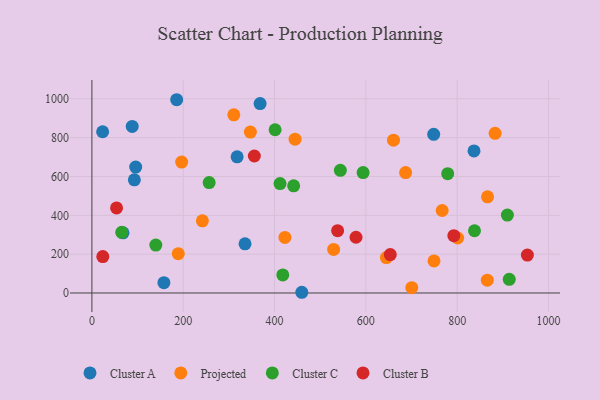
{"axis": {"x": "Experience", "y": "Profit"}, "legend": ["Cluster A", "Cluster B", "Cluster C", "Projected"], "data": [{"x": "68.1", "y": 309.9, "type": "Cluster A"}, {"x": "335.4", "y": 253.1, "type": "Cluster A"}, {"x": "95.9", "y": 648.3, "type": "Cluster A"}, {"x": "88.3", "y": 857.6, "type": "Cluster A"}, {"x": "368.4", "y": 975.4, "type": "Cluster A"}, {"x": "185.7", "y": 995.0, "type": "Cluster A"}, {"x": "23.5", "y": 830.0, "type": "Cluster A"}, {"x": "157.7", "y": 53.1, "type": "Cluster A"}, {"x": "748.6", "y": 816.9, "type": "Cluster A"}, {"x": "459.7", "y": 3.7, "type": "Cluster A"}, {"x": "93.0", "y": 582.8, "type": "Cluster A"}, {"x": "836.9", "y": 731.4, "type": "Cluster A"}, {"x": "318.1", "y": 701.1, "type": "Cluster A"}, {"x": "422.8", "y": 286.3, "type": "Projected"}, {"x": "700.6", "y": 27.5, "type": "Projected"}, {"x": "883.1", "y": 822.1, "type": "Projected"}, {"x": "242.0", "y": 371.6, "type": "Projected"}, {"x": "189.2", "y": 202.5, "type": "Projected"}, {"x": "660.6", "y": 786.9, "type": "Projected"}, {"x": "687.1", "y": 619.8, "type": "Projected"}, {"x": "866.0", "y": 65.8, "type": "Projected"}, {"x": "529.5", "y": 224.1, "type": "Projected"}, {"x": "767.2", "y": 424.6, "type": "Projected"}, {"x": "196.6", "y": 674.1, "type": "Projected"}, {"x": "445.0", "y": 792.0, "type": "Projected"}, {"x": "347.1", "y": 828.3, "type": "Projected"}, {"x": "645.0", "y": 182.2, "type": "Projected"}, {"x": "749.3", "y": 165.3, "type": "Projected"}, {"x": "866.5", "y": 495.3, "type": "Projected"}, {"x": "310.8", "y": 917.4, "type": "Projected"}, {"x": "801.1", "y": 283.2, "type": "Projected"}, {"x": "140.0", "y": 246.9, "type": "Cluster C"}, {"x": "910.0", "y": 401.0, "type": "Cluster C"}, {"x": "65.4", "y": 312.2, "type": "Cluster C"}, {"x": "441.9", "y": 551.9, "type": "Cluster C"}, {"x": "401.3", "y": 840.4, "type": "Cluster C"}, {"x": "418.1", "y": 93.1, "type": "Cluster C"}, {"x": "779.3", "y": 614.1, "type": "Cluster C"}, {"x": "914.1", "y": 70.6, "type": "Cluster C"}, {"x": "256.8", "y": 568.4, "type": "Cluster C"}, {"x": "412.1", "y": 563.5, "type": "Cluster C"}, {"x": "594.0", "y": 619.8, "type": "Cluster C"}, {"x": "544.2", "y": 631.4, "type": "Cluster C"}, {"x": "838.0", "y": 320.5, "type": "Cluster C"}, {"x": "578.5", "y": 286.9, "type": "Cluster B"}, {"x": "23.9", "y": 187.6, "type": "Cluster B"}, {"x": "653.5", "y": 197.8, "type": "Cluster B"}, {"x": "54.0", "y": 438.0, "type": "Cluster B"}, {"x": "792.7", "y": 295.1, "type": "Cluster B"}, {"x": "355.8", "y": 705.2, "type": "Cluster B"}, {"x": "538.2", "y": 320.6, "type": "Cluster B"}, {"x": "953.8", "y": 195.2, "type": "Cluster B"}]}